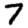
Digit: 7